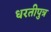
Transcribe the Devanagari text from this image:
धरतीपुत्र